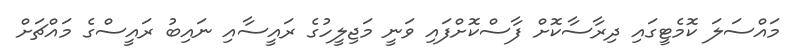
މައްސަލަ ކޮމެޓީގައި ދިރާސާކޮށް ފާސްކޮށްފައި ވަނީ މަޖިލީހުގެ ރައީސާއި ނައިބު ރައީސްގެ މައްޗަށް